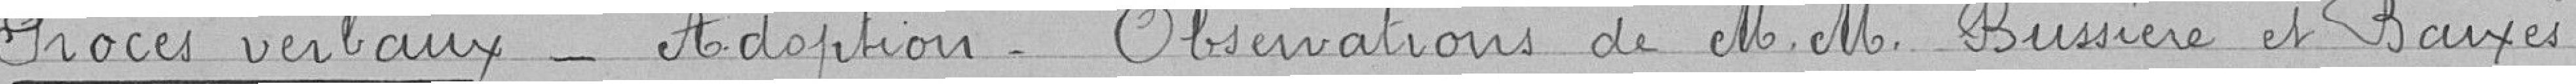
Procès verbaux_ Adoption_ Observations de M.M. Bussière et Baixès